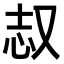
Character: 𫨺